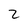
Character: 2